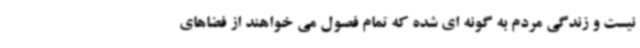
نیست و زندگی مردم به گونه ای شده که تمام فصول می خواهند از فضاهای